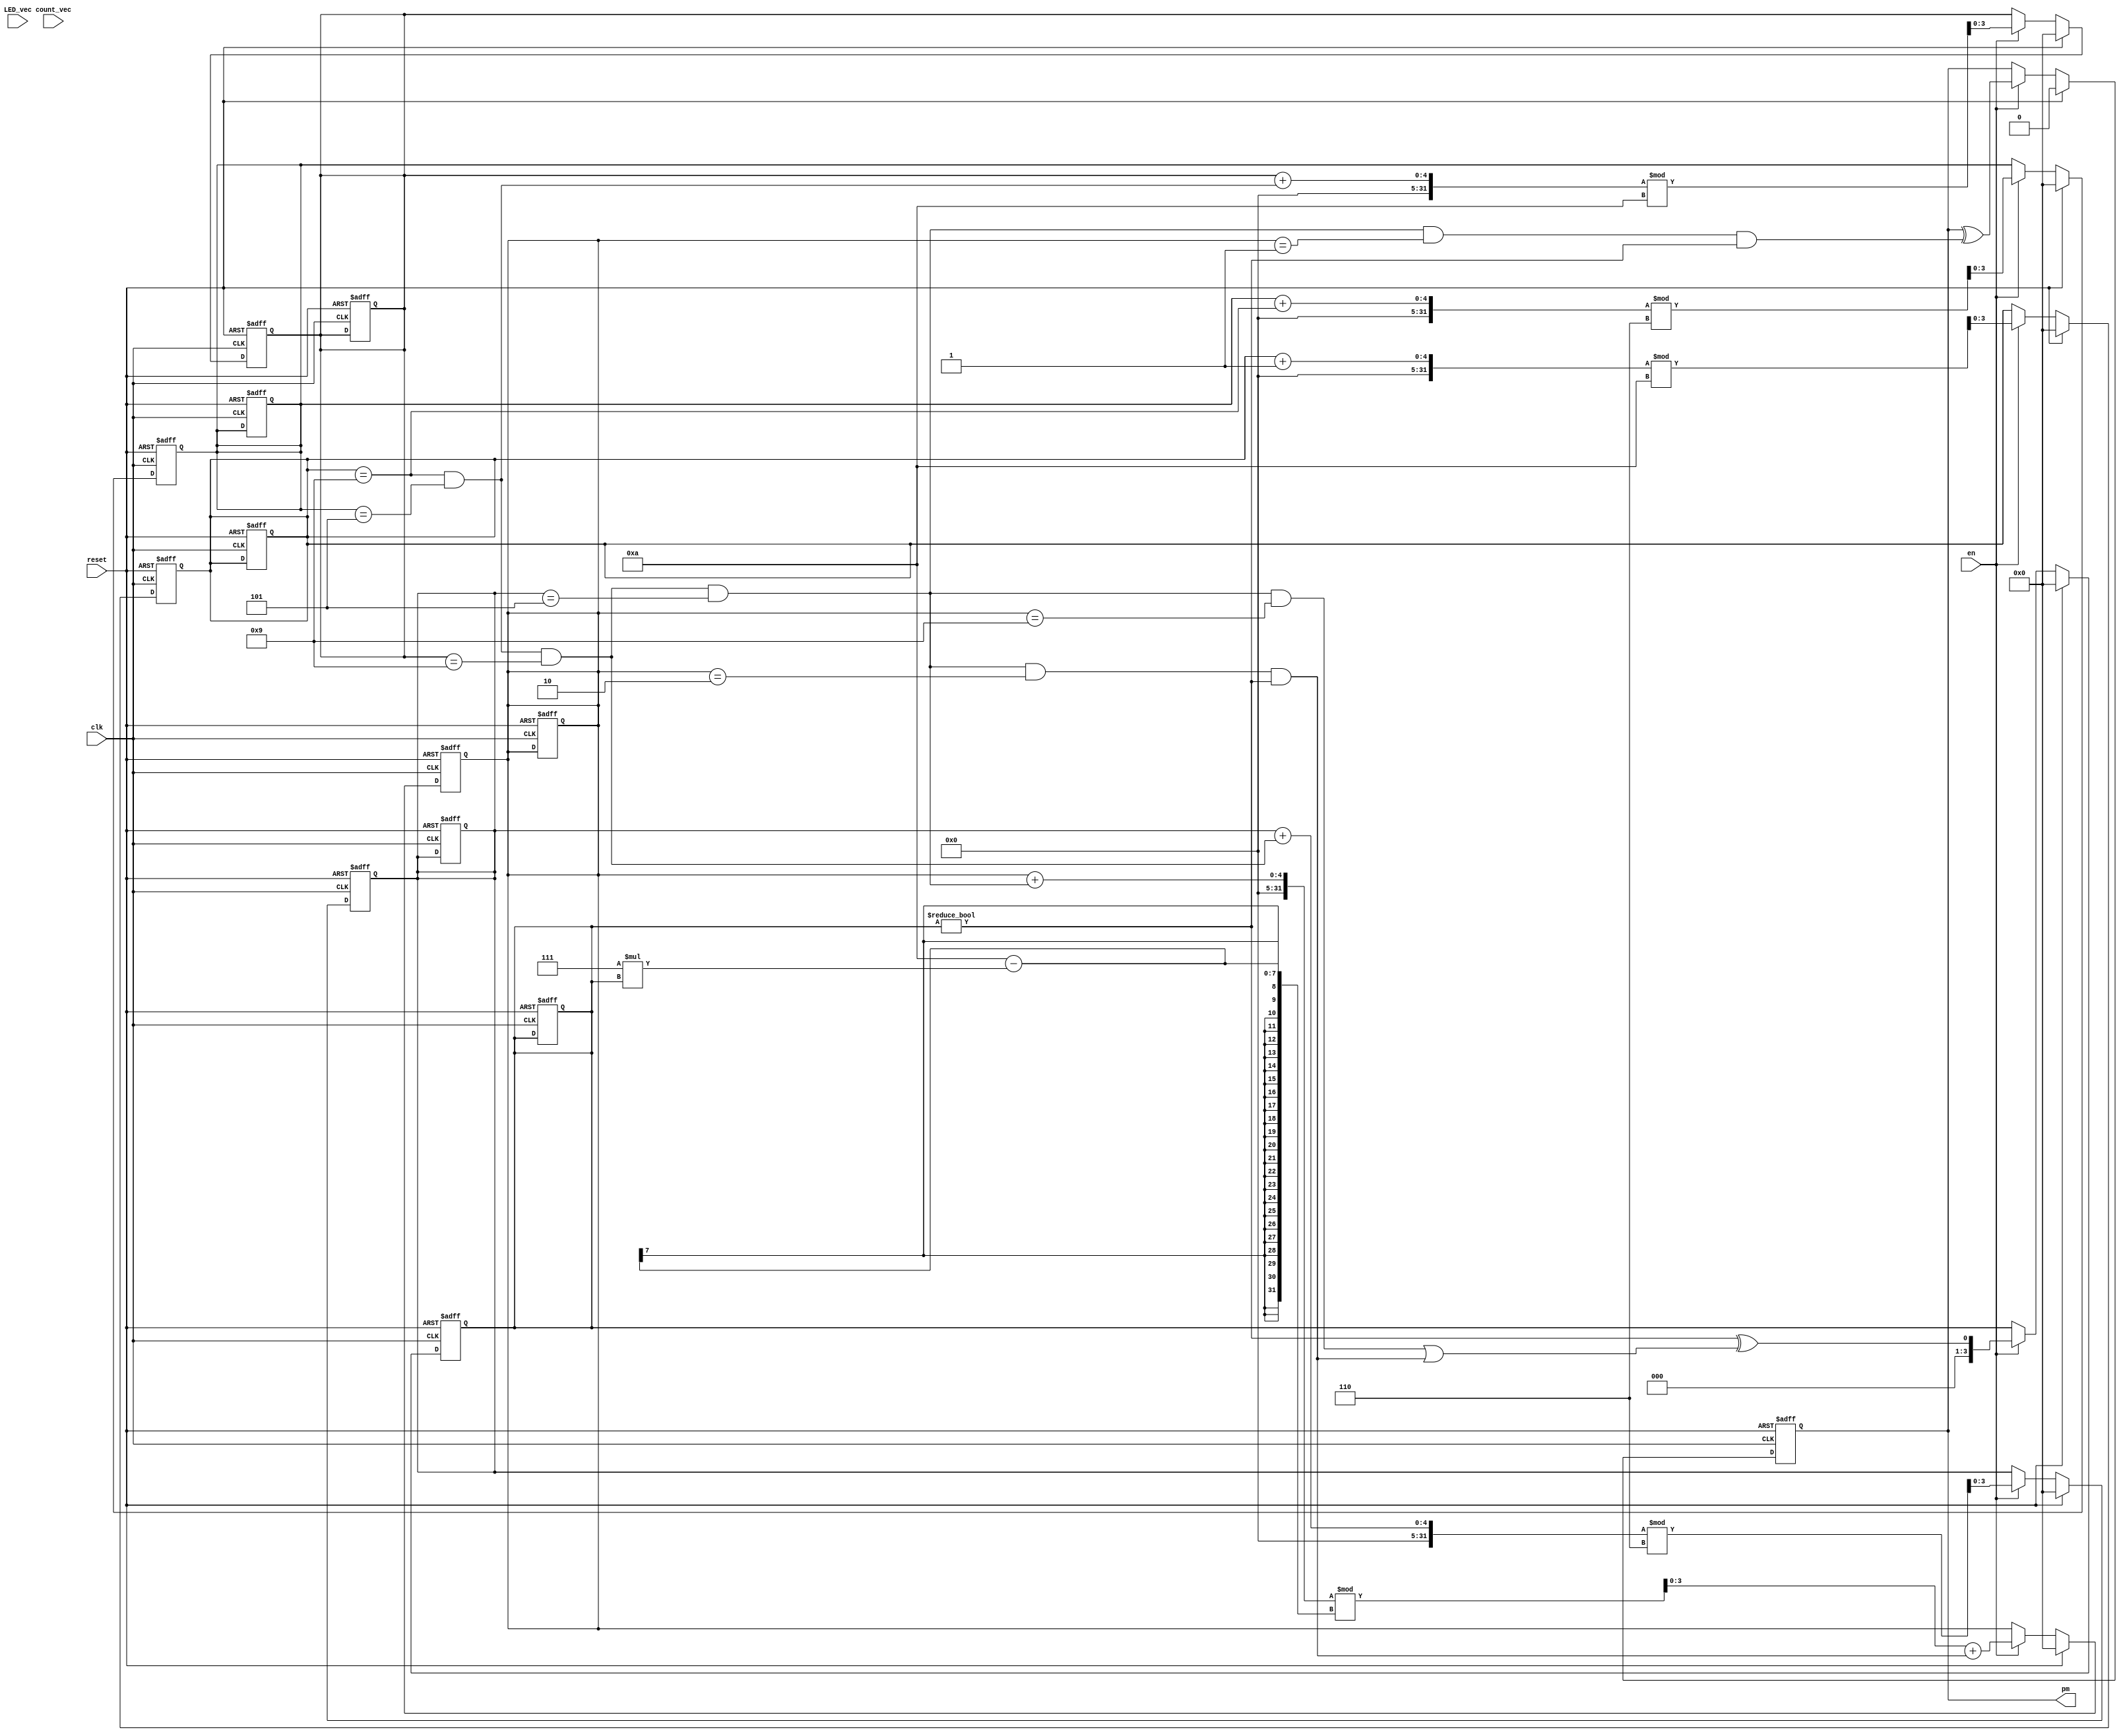
module clock (
    clk,
    reset,
    en,
    count_vec,
    pm,
    LED_vec
);


input clk;
input reset;
input en;
input [23:0] count_vec;
output pm;
reg pm;
input [41:0] LED_vec;


reg [3:0] count [0:6-1];
reg [6:0] LED [0:6-1];




always @(posedge clk, posedge reset) begin: CLOCK_COUNTER
    if (reset == 1) begin
        count[0] <= 0;
        count[1] <= 0;
        count[2] <= 0;
        count[3] <= 0;
        count[4] <= 0;
        count[5] <= 0;
    end
    else begin
        if (en) begin
            count[0] <= ((count[0] + 1) % 10);
            count[1] <= ((count[1] + (count[0] == 9)) % 6);
            count[2] <= ((count[2] + ((count[0] == 9) && (count[1] == 5))) % 10);
            count[3] <= ((count[3] + ((count[0] == 9) && (count[1] == 5) && (count[2] == 9))) % 6);
            count[4] <= (((count[4] + ((count[0] == 9) && (count[1] == 5) && (count[2] == 9) && (count[3] == 5))) % (10 - (7 * count[5]))) + ((count[0] == 9) && (count[1] == 5) && (count[2] == 9) && (count[3] == 5) && (count[4] == 2) && (count[5] != 0)));
        end
        if (reset) begin
            count[0] <= 0;
            count[1] <= 0;
            count[2] <= 0;
            count[3] <= 0;
            count[4] <= 0;
        end
    end
end


always @(posedge clk, posedge reset) begin: CLOCK_TFF
    if (reset == 1) begin
        count[0] <= 0;
        count[1] <= 0;
        count[2] <= 0;
        count[3] <= 0;
        count[4] <= 0;
        count[5] <= 0;
        pm <= 0;
    end
    else begin
        if (en) begin
            count[5] <= ((count[5] != 0) ^ (((count[0] == 9) && (count[1] == 5) && (count[2] == 9) && (count[3] == 5) && (count[4] == 9)) || ((count[0] == 9) && (count[1] == 5) && (count[2] == 9) && (count[3] == 5) && (count[4] == 2) && (count[5] != 0))));
            pm <= (pm ^ ((count[0] == 9) && (count[1] == 5) && (count[2] == 9) && (count[3] == 5) && (count[4] == 1) && (count[5] != 0)));
        end
        if (reset) begin
            count[5] <= 0;
            pm <= 0;
        end
    end
end


always @(count[0], count[1], count[2], count[3], count[4], count[5]) begin: CLOCK_DECODER
    integer i;
    for (i=0; i<6; i=i+1) begin
        LED[i] = {(((count[i][0] && (!count[i][1]) && (!count[i][2]) && (!count[i][3])) || ((!count[i][0]) && (!count[i][1]) && count[i][2]) || (count[i][1] && count[i][3])) != 0), (((count[i][0] && (!count[i][1]) && count[i][2]) || ((!count[i][0]) && count[i][1] && count[i][2]) || (count[i][1] && count[i][3])) != 0), ((((!count[i][0]) && count[i][1] && (!count[i][2])) || (count[i][2] && count[i][3])) != 0), (((count[i][0] && (!count[i][1]) && (!count[i][2]) && (!count[i][3])) || (count[i][0] && count[i][1] && count[i][2]) || ((!count[i][0]) && (!count[i][1]) && count[i][2])) != 0), ((count[i][0] || ((!count[i][1]) && count[i][2])) != 0), (((count[i][0] && (!count[i][2]) && (!count[i][3])) || (count[i][0] && count[i][1]) || (count[i][1] && (!count[i][2]))) != 0), (((count[i][0] && count[i][1] && count[i][2]) || ((!count[i][1]) && (!count[i][2]) && (!count[i][3]))) != 0)};
    end
    if ((!(count[5] != 0))) begin
        LED[5] = 127;
    end
end

endmodule